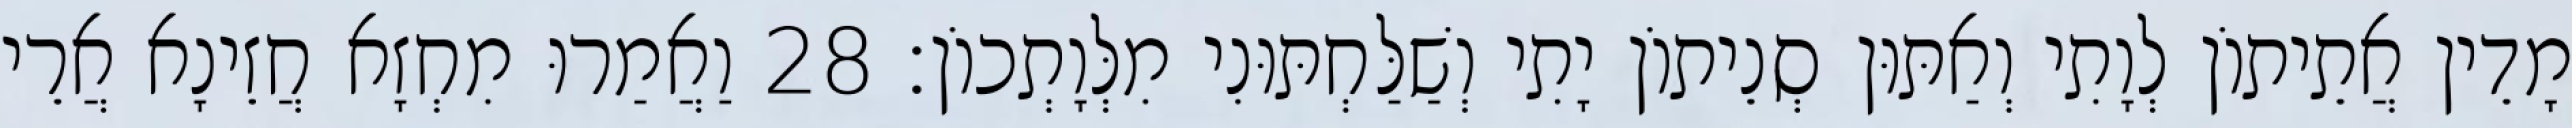
מָדֵין אֲתֵיתוֹן לְוָתִי וְאַתּוּן סְנֵיתוֹן יָתִי וְשַׁלַּחְתּוּנִי מִלְּוָתְכוֹן׃ 28 וַאֲמַרוּ מִחְזָא חֲזֵינָא אֲרֵי